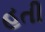
હતી